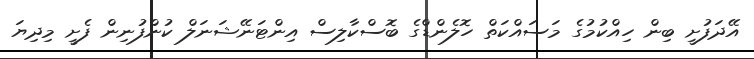
އޭދަފުށީ ބިން ހިއްކުމުގެ މަސައްކަތް ހޮލެންޑްގެ ބޮސްކާލިސް އިންޓަނޭޝަނަލް ކުންފުނިން ފެށީ މިދިޔަ